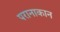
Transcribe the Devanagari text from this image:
परानाकान